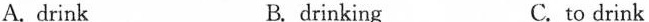
A. drink B. drinking C.to drink